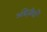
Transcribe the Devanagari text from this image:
अंग्रेज़ीदाँ